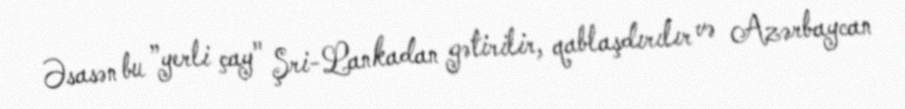
Əsasən bu ”yerli çay" Şri-Lankadan gətirilir, qablaşdırılır və Azərbaycan